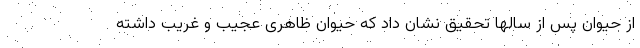
از حیوان پس از سالها تحقیق نشان داد که حیوان ظاهری عجیب و غریب داشته